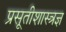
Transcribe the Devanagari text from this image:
प्रसूतीशास्त्रज्ञ